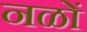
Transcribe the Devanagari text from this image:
नळों